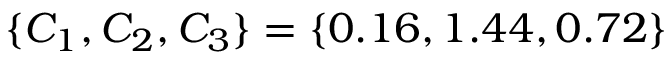
\{ C _ { 1 } , C _ { 2 } , C _ { 3 } \} = \{ 0 . 1 6 , 1 . 4 4 , 0 . 7 2 \}